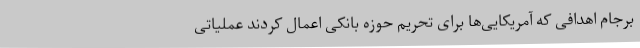
برجام اهدافی که آمریکایی‌ها برای تحریم حوزه بانکی اعمال کردند عملیاتی